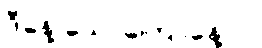
ဒီနေ့ သောကြောနေ့ပါ။